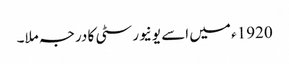
1920ء میں اسے یونیورسٹی کا درجہ ملا۔